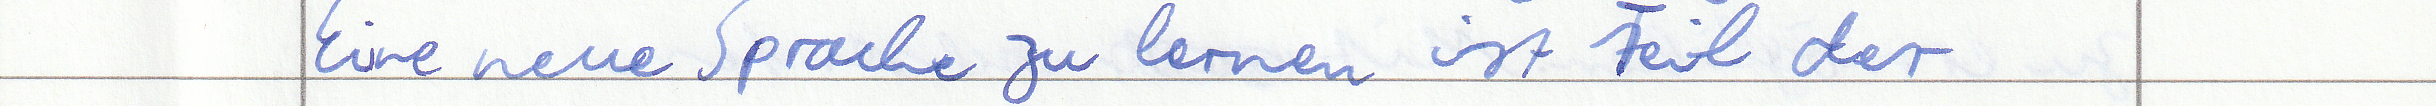
Eine neue Sprache zu lernen ist Teil der